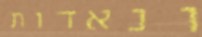
ונאדות